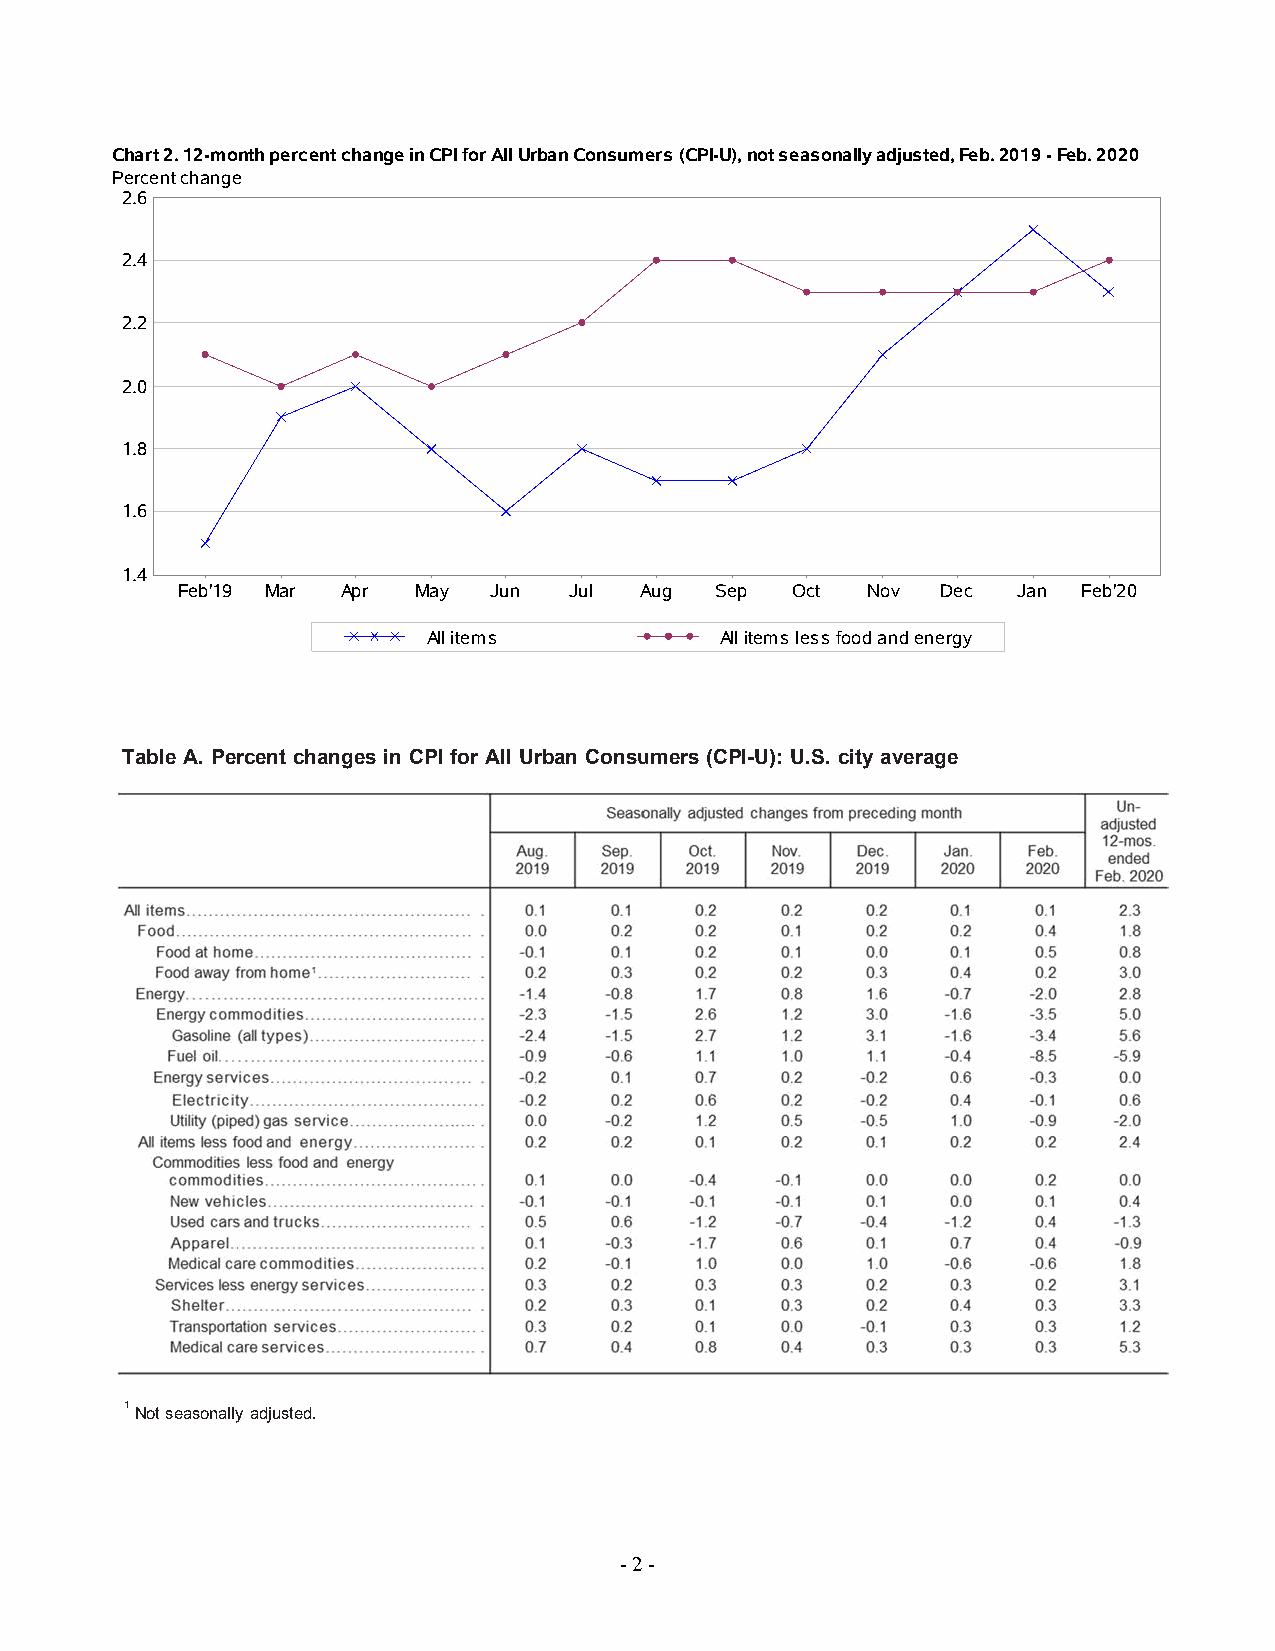
Chart 2. 12-month percent change in CPI for All Urban Consumers (CPI-U), not seasonally adjusted, Feb. 2019 - Feb. 2020
 Percent change
 2.6
 2.4
 2.2
 2.0
 1.8
 1.6
 1.4
 Feb'19 Mar Apr  May Jun   Jul Aug  Sep   Oct Nov  Dec  Jan  Feb'20
 All items           All items less food and energy
 Table A. Percent changes in CPI for All Urban Consumers (CPI-U): U.S. city average
 1 Not seasonally adjusted.
 - 2 -